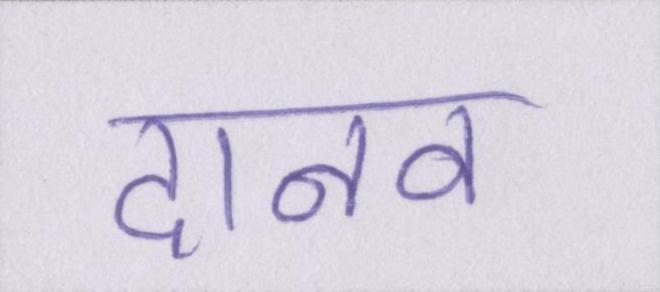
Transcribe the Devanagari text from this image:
दानव